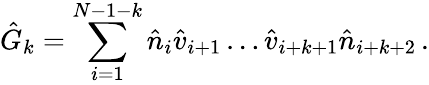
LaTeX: \hat{G}_{k}=\sum_{i=1}^{N-1-k}\hat{n}_{i}\hat{v}_{i+1}\ldots\hat{v}_{i+k+1}\hat{n}_{i+k+2}\, .